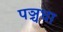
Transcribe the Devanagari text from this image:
पञ्चधा